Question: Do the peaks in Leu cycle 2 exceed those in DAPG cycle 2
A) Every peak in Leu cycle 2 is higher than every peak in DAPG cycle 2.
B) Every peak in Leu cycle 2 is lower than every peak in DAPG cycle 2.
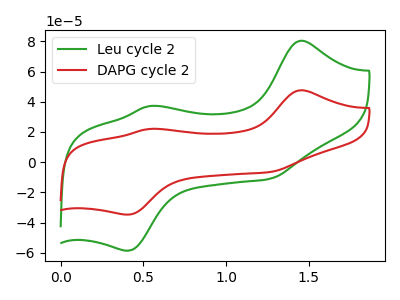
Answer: <think>The green curve "Leu cycle 2" has anodic peaks at (1.45V, 80.35uA) (0.55V, 37.15uA) and cathodic peaks at (1.25V, -11.05uA) (0.40V, -58.65uA). The red curve "DAPG cycle 2" has anodic peaks at (1.45V, 47.60uA) (0.55V, 22.00uA) and cathodic peaks at (1.25V, -6.55uA) (0.40V, -34.75uA).</think>
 <answer>A) Every peak in "Leu cycle 2" is higher than every peak in "DAPG cycle 2".</answer>
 <eval>A</eval>